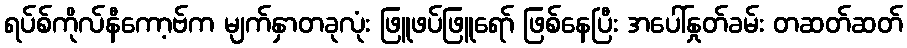
ရပ်စ်ကိုလ်နီကော့ဗ်က မျက်နှာတခုလုံး ဖြူဖပ်ဖြူရော် ဖြစ်နေပြီး အပေါ်နှုတ်ခမ်း တဆတ်ဆတ်